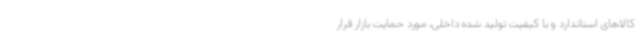
کالاهای استاندارد و با کیفیت تولید شده داخلی، مورد حمایت بازار قرار